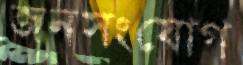
জনসংযোগ